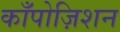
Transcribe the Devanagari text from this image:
काँपोज़िशन